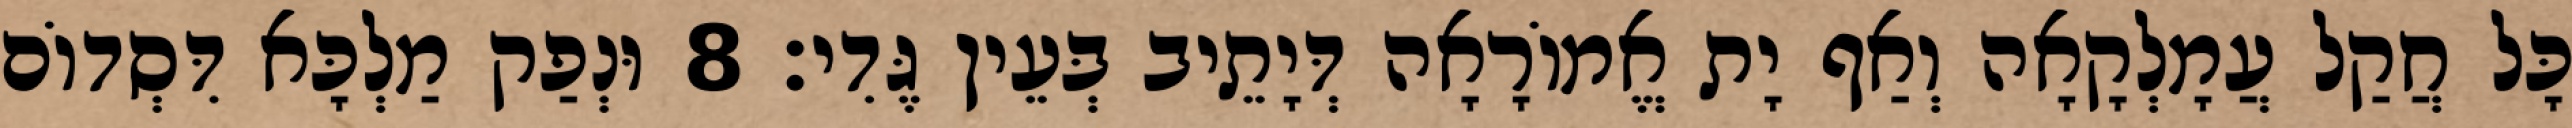
כָּל חֲקַל עֲמָלְקָאָה וְאַף יָת אֱמוֹרָאָה דְּיָתֵיב בְּעֵין גֶּדִי׃ 8 וּנְפַק מַלְכָּא דִּסְדוֹם